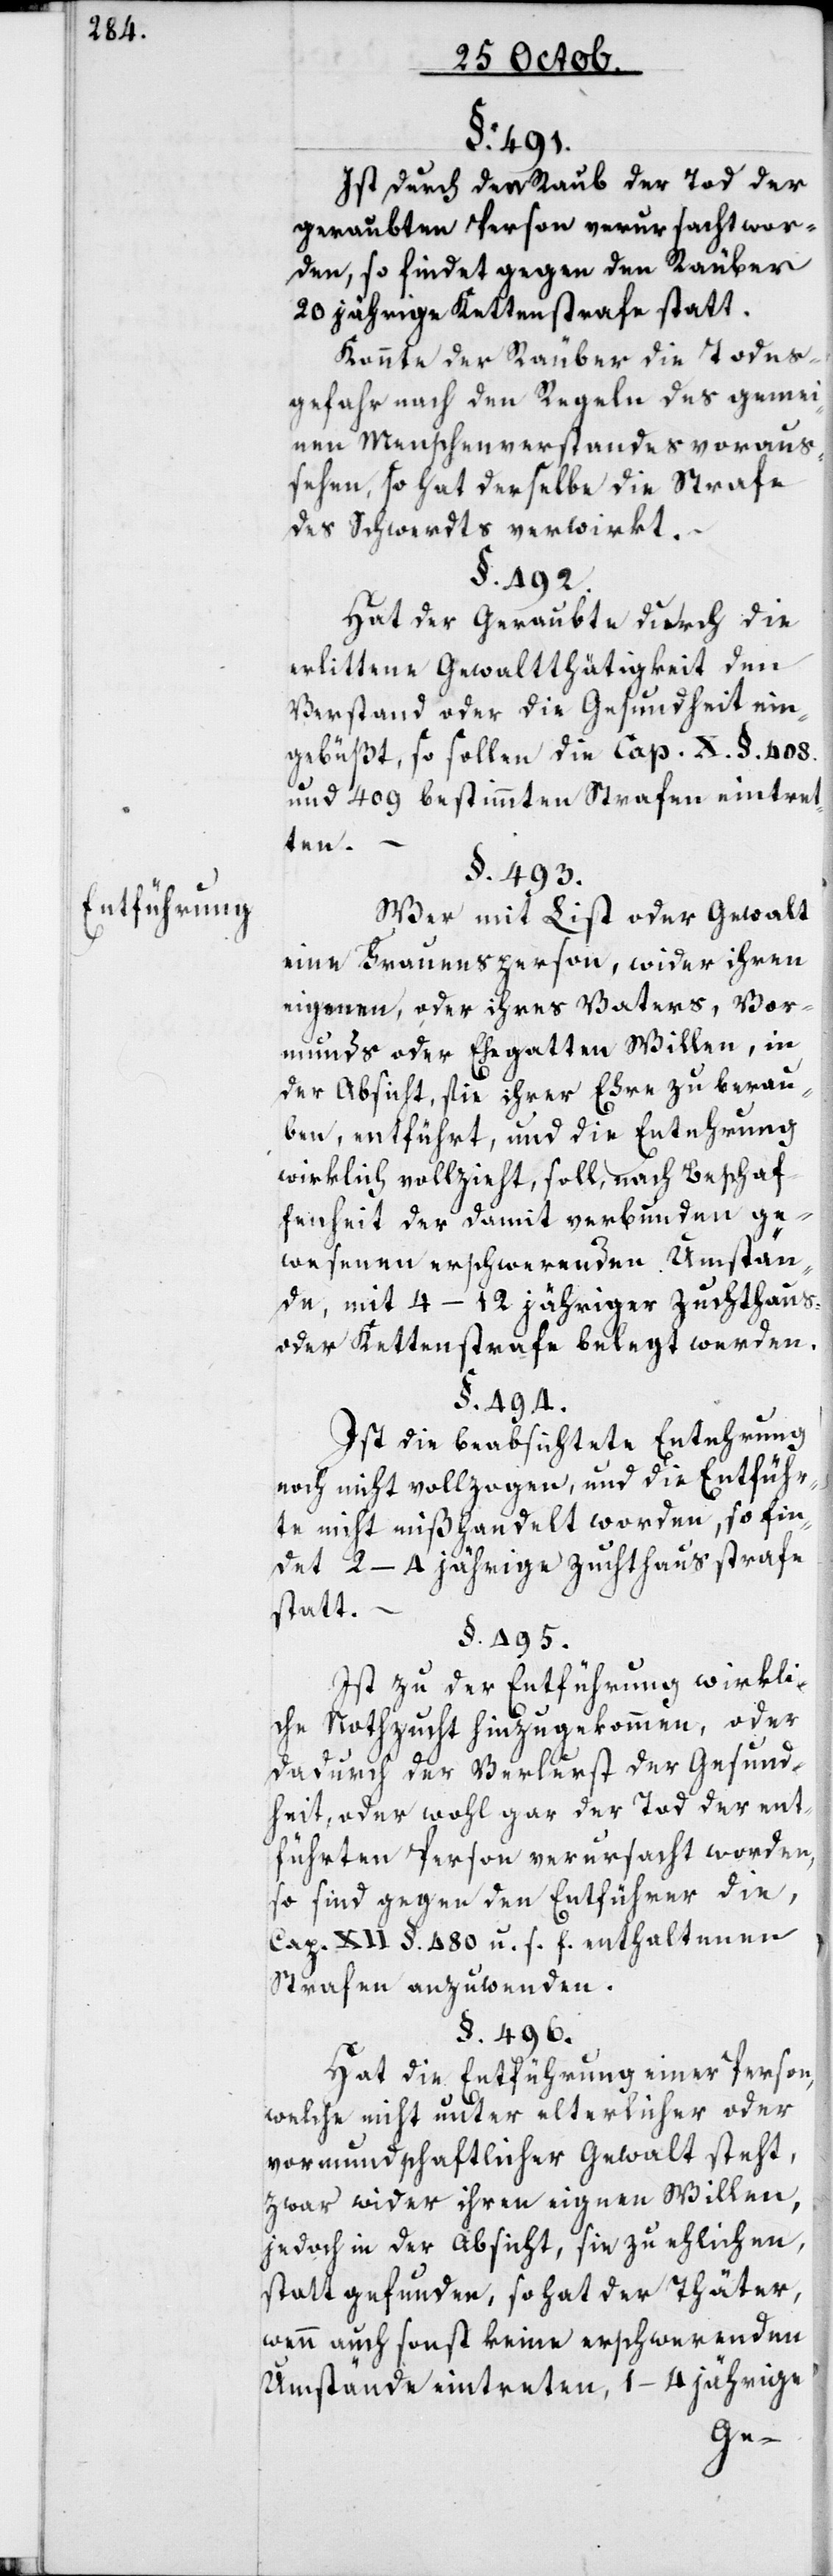
Entführung.

Ist durch den Raub der Tod der
geraubten Person verursacht wor¬
den, so findet gegen den Räuber
20 jährige Kettenstrafe statt.
Konnte der Räuber die Todes¬
gefahr nach den Regeln des gemei¬
nen Menschenverstandes voraus¬
sehen, so hat derselbe die Strafe
des Schwerdts verwirkt.
§. 492.
Hat der Geraubte durch die
erlittene Gewaltthätigkeit den
Verstand oder die Gesundheit ein¬
gebüßt, so sollen die Cap. X. §. 408.
und 409 bestimmten Strafen eintret¬
ten.
§. 493.
Wer mit List oder Gewalt
eine Frauensperson, wider ihren
eigenen, oder ihres Vaters, Vor¬
munds oder Ehegatten Willen, in
der Absicht, sie ihrer Ehre zu berau¬
ben, entführt, und die Entehrung
wirklich vollzieht, soll nach Beschaf¬
fenheit der damit verbunden ge¬
wesenen erschwerenden Umstän¬
de, mit 4–12 jähriger Zuchthaus-
oder Kettenstrafe belegt werden.
§. 494.
Ist die beabsichtete Entehrung
noch nicht vollzogen, und die Entführ¬
te nicht mißhandelt worden, so fin¬
det 2–4 jährige Zuchthausstrafe
statt.
§. 495.
Ist zu der Entführung wirkli¬
che Nothzucht hinzugekommen, oder
dadurch der Verlust der Gesund¬
heit, oder wohl gar der Tod der ent¬
führten Person verursacht worden,
so sind gegen den Entführer die,
Cap. XII §. 480 u. s. f. enthaltenen
Strafen anzuwenden.
§. 496.
Hat die Entführung einer Person,
welche nicht unter elterlicher oder
vormundschaftlicher Gewalt steht,
zwar wider ihren eignen Willen,
jedoch in der Absicht, sie zu ehlichen,
statt gefunden, so hat der Thäter,
wenn auch sonst keine erschwerenden
Umstände eintretten, 1–4 jährige